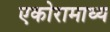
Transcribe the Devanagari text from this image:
एकोरामाध्य